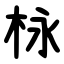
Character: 栐